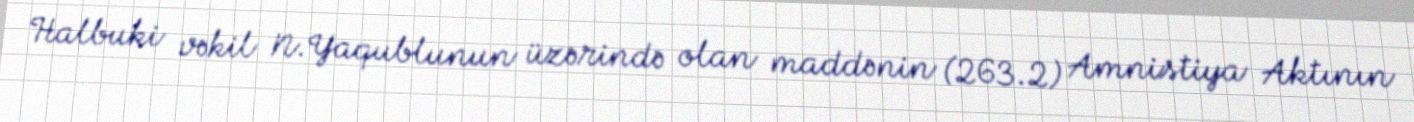
Halbuki vəkil N.Yaqublunun üzərində olan maddənin (263.2) Amnistiya Aktının